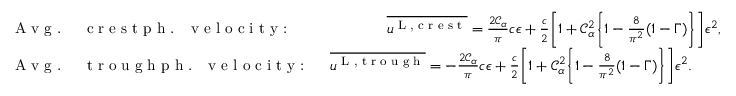
\begin{array} { r l } & { \textrm { A v g . \, \, c r e s t p h . \, v e l o c i t y : \, \, \, \, \, \, \, \, \, \, } \overline { { u ^ { \textnormal { L , c r e s t } } } } = \frac { 2 \mathcal { C } _ { \alpha } } { \pi } c \epsilon + \frac { c } { 2 } \bigg [ 1 + \mathcal { C } _ { \alpha } ^ { 2 } \bigg \{ 1 - \frac { 8 } { \pi ^ { 2 } } ( 1 - \Gamma ) \bigg \} \bigg ] \epsilon ^ { 2 } , } \\ & { \textrm { A v g . \, \, t r o u g h p h . \, v e l o c i t y : \, \, } \overline { { u ^ { \textnormal { L , t r o u g h } } } } = - \frac { 2 \mathcal { C } _ { \alpha } } { \pi } c \epsilon + \frac { c } { 2 } \bigg [ 1 + \mathcal { C } _ { \alpha } ^ { 2 } \bigg \{ 1 - \frac { 8 } { \pi ^ { 2 } } ( 1 - \Gamma ) \bigg \} \bigg ] \epsilon ^ { 2 } . } \end{array}